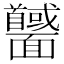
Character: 𩉕